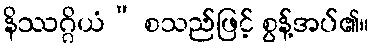
နိဿဂ္ဂိယံ” စသည်ဖြင့် စွန့်အပ်၏။